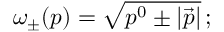
\omega _ { \pm } ( p ) = \sqrt { p ^ { 0 } \pm | \vec { p } | } \, ;